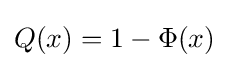
{\textstyle Q(x)=1-\Phi (x)}